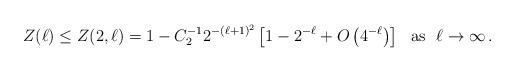
LaTeX: \begin{align*}Z(\ell)\le Z(2,\ell)=1-C_2^{-1} 2^{-(\ell+1)^2}\left[ 1- 2^{-\ell}+O\left( 4^{-\ell}\right) \right] \ \ {\mathrm{as}}\ \ \ell\to \infty\,.\end{align*}